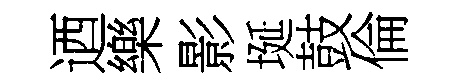
迺樂影埏鼓倫